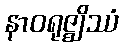
နာဝရုဇ္ဈိဿံ